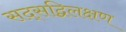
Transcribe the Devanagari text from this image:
सद्सद्विलक्षण